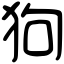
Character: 狗